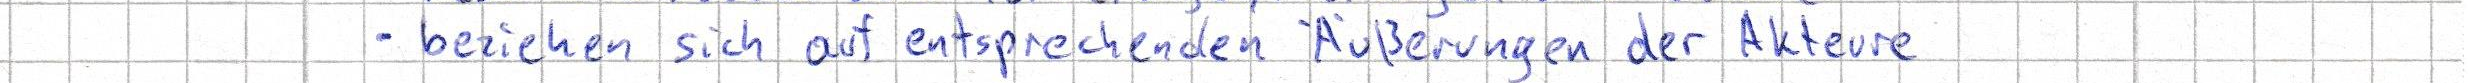
- beziehen sich auf entsprechenden Äußerungen der Akteure